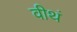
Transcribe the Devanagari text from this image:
वीथं